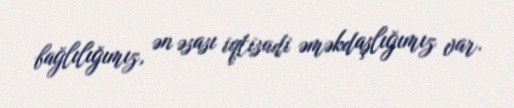
bağlılığımız, ən əsası iqtisadi əməkdaşlığımız var.